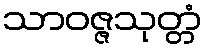
သာဝဇ္ဇသုတ္တံ